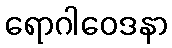
ရောဂါဝေဒနာ